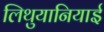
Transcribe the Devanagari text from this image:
लिथुयानियाई